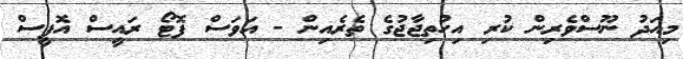
މިއަދު ނޫސްވެރިން ކުރި އިހުތިޖާޖުގެ ތެރެއިން - އަވަސް ފޮޓޯ ރައީސް އޮފީސް